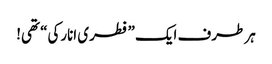
ہر طرف ایک ”فطری انارکی“ تھی!